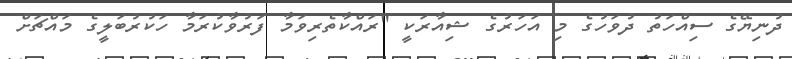
ދުނިޔޭގެ ސިއްހަތު ދުވަހުގެ މި އަހަރުގެ ޝިއާރަކީ "ރައްކާތެރިވަމާ ފަރުވާކުރަމާ ހަކުރުބަލީގެ މައްޗަށް